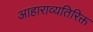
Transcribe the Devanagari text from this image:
आहाराव्यतिरिक्त